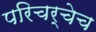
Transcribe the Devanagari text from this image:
परिचर्चेच